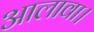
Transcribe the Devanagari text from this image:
आलावा।